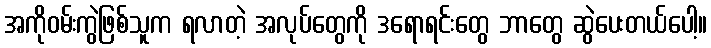
အကိုဝမ်းကွဲဖြစ်သူက ရလာတဲ့ အလုပ်တွေကို ဒရောရင်းတွေ ဘာတွေ ဆွဲပေးတယ်ပေါ့။